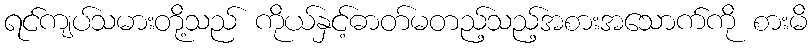
ရင်ကျပ်သမားတို့သည် ကိုယ်နှင့်ဓာတ်မတည့်သည့်အစားအသောက်ကို စားမိ